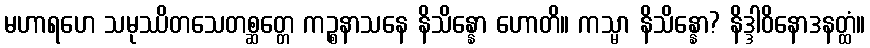
မဟာရဟေ သမုဿိတသေတစ္ဆတ္တေ ကဉ္စနာသနေ နိသိန္နော ဟောတိ။ ကသ္မာ နိသိန္နော? နိဒ္ဒါဝိနောဒနတ္ထံ။